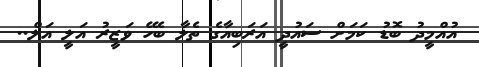
އުއްމީދު ބޮޑު ކަމަށް ސައުދީ އަރަބިއާގެ ތެލާ ބެހޭ ވަޒީރު އަލީ އަލް..